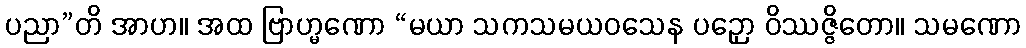
ပညာ”တိ အာဟ။ အထ ဗြာဟ္မဏော “မယာ သကသမယဝသေန ပဉှော ဝိဿဇ္ဇိတော။ သမဏော